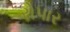
રોપાર